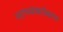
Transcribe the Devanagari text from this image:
पराभवाबरोबरच